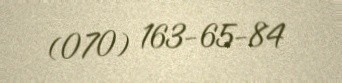
(070) 163-65-84